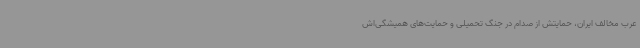
عرب مخالف ایران، حمایتش از صدام در جنگ تحمیلی و حمایت‌های همیشگی‌اش